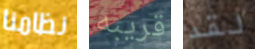
نظامنا قريبه لقد